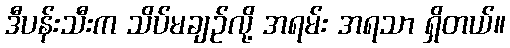
ဒီပန်းသီးက သိပ်မချဉ်လို့ အရမ်း အရသာ ရှိတယ်။